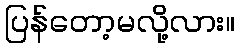
ပြန်တော့မလို့လား။